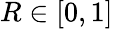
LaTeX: R\in[0,1]